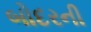
બોદરની